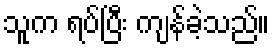
သူက ရပ်ပြီး ကျန်ခဲ့သည်။